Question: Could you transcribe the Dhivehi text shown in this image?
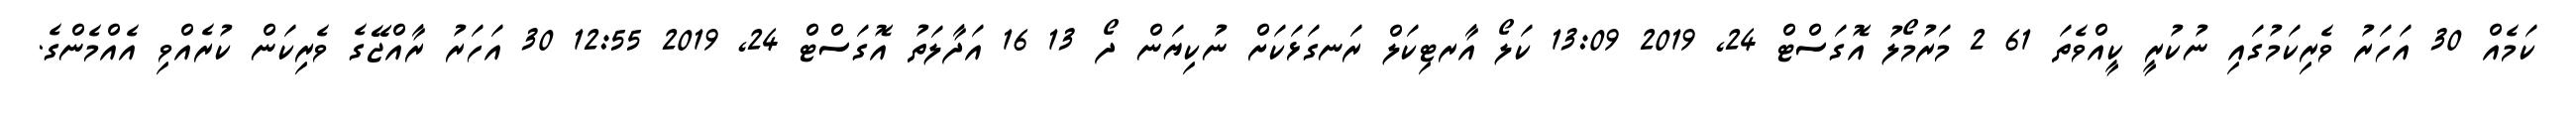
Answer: ކަމެއް 30 އަހަރު ވެރިކަމުގައި ނުކުރީ ކީއްވެތަ 61 2 މަރުމޯލު އޮގަސްޓް 24, 2019 13:09 ކަލޯ އާރޓިކަލް ރަނގަޅަކަށް ނުކިޔަން ދޯ 13 16 އަދާލަތު އޮގަސްޓް 24, 2019 12:55 30 އަހަރު ރާއްޖޭގެ ވެރިކަން ކުރެއްވި އެއްމެންގެ.